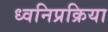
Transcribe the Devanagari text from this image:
ध्वनिप्रक्रिया